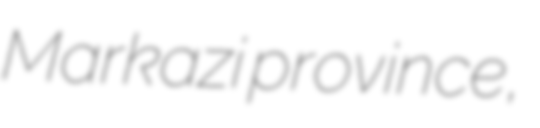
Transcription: Markazi province,